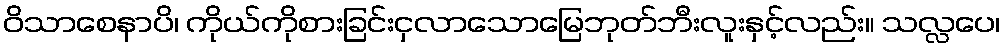
ဝိသာစေနာပိ၊ ကိုယ်ကိုစားခြင်းငှလာသောမြေဘုတ်ဘီးလူးနှင့်လည်း။ သလ္လပေ၊